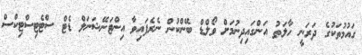
ގައުމުތަކުގެ ދަރަނީ ހާލަތު އަންގައިދިނުމަށް ވޯލްޑް ބޭންކުން ނެރެފައިވާ އިންޓަނޭޝަނަލް ޑެޓް ސްޓެޓިސްޓިކްސް